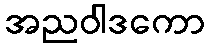
အညဝါဒကော